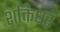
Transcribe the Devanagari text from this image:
शक्तिधर